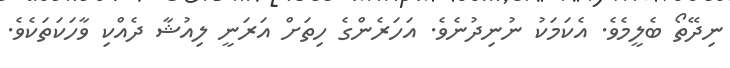
ނިދޭތޯ ބެލީމެވެ. އެކަމަކު ނުނިދުނެވެ. އަހަރެންގެ ހިތަށް އަރަނީ ލިއުޝާ ދެއްކި ވާހަކަތަކެވެ.